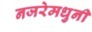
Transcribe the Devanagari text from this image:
नजरेमधुनी